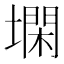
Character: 𰊨